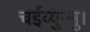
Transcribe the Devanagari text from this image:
चईय्युन्नु।